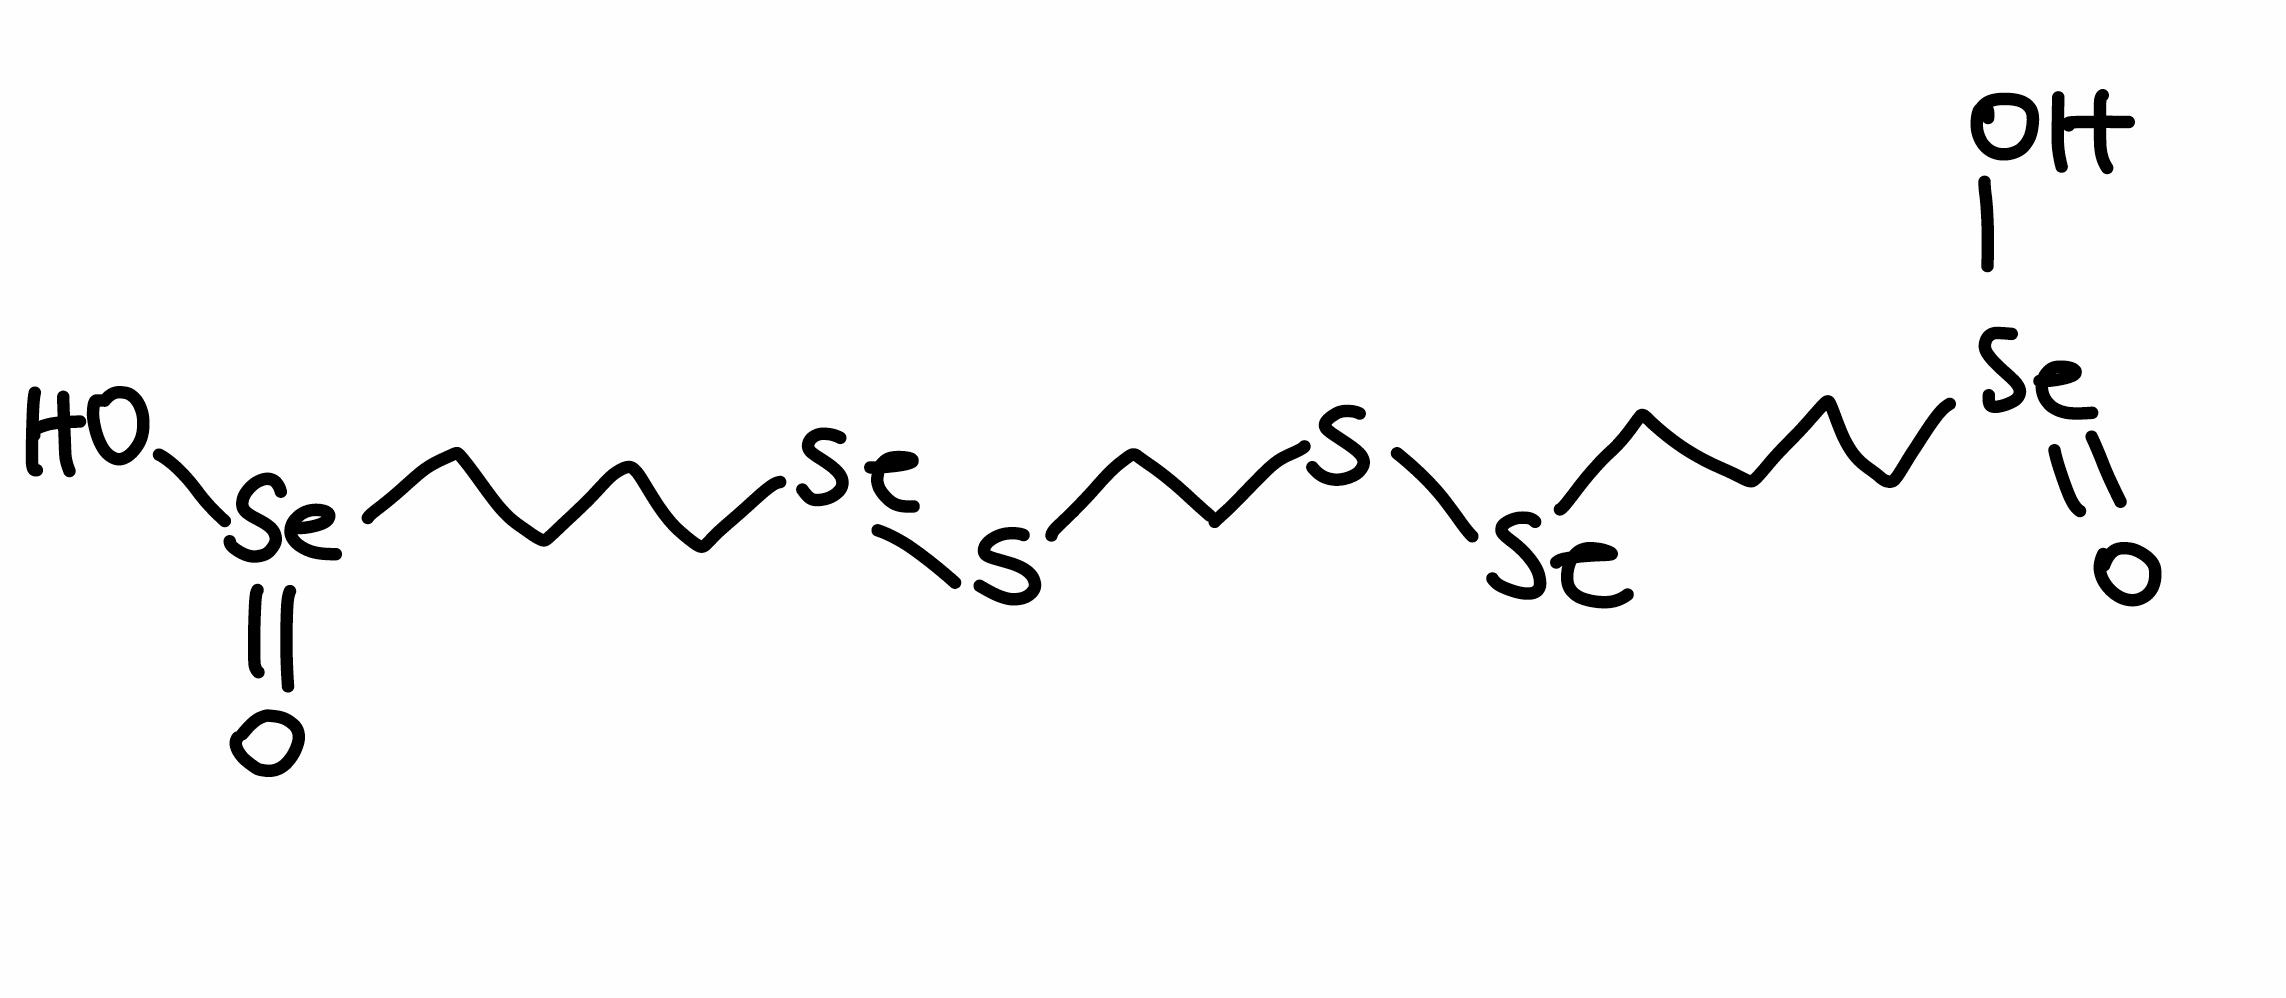
Simplified molecular-input line-entry system (SMILES) notation of the given molecule:
C(CC[Se](=O)O)C[Se]SCCS[Se]CCCC[Se](=O)O